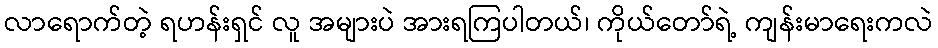
လာရောက်တဲ့ ရဟန်းရှင် လူ အများပဲ အားရကြပါတယ်၊ ကိုယ်တော်ရဲ့ ကျန်းမာရေးကလဲ